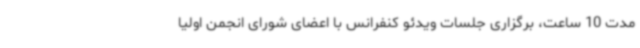
مدت 10 ساعت، برگزاری جلسات ویدئو کنفرانس با اعضای شورای انجمن اولیا